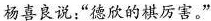
杨喜良说:“德欣的棋厉害。”